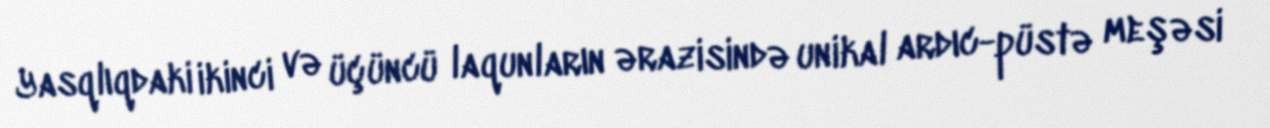
Yasqlıqdaki ikinci və üçüncü laqunların ərazisində unikal ardıc-püstə meşəsi